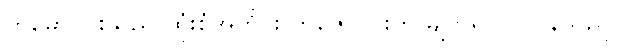
ကိုမော်ဝင်းသည် ထုံးစံအတိုင်း ကိုဇော်ဝင်းကို မျက်ရိပ်ပြ ပြန်သည်။